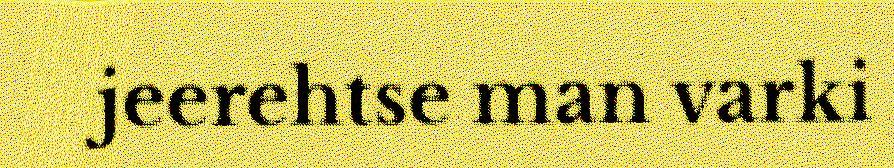
jeerehtse man varki